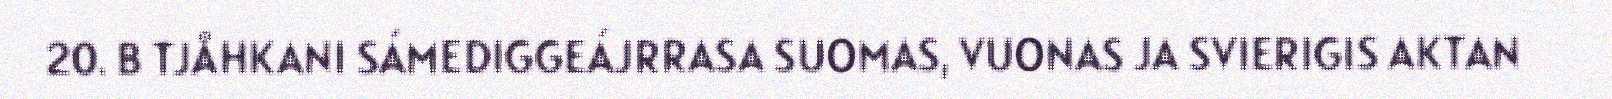
20. B TJÅHKANI SÁMEDIGGEÁJRRASA SUOMAS, VUONAS JA SVIERIGIS AKTAN